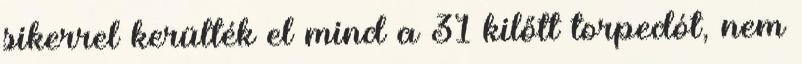
sikerrel kerülték el mind a 31 kilőtt torpedót, nem